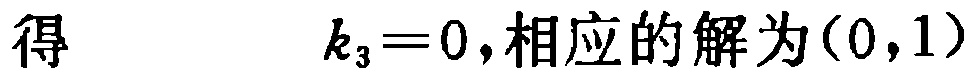
得\(k_{3}=0\)，相应的解为\((0,1)\)